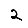
Digit: 2